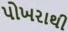
પોખરાથી